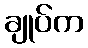
ချုပ်က